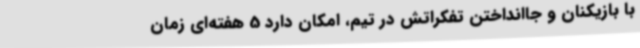
با بازیکنان و جاانداختن تفکراتش در تیم، امکان دارد 5 هفته‌ای زمان